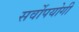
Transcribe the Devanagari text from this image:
सर्वोपयोगी